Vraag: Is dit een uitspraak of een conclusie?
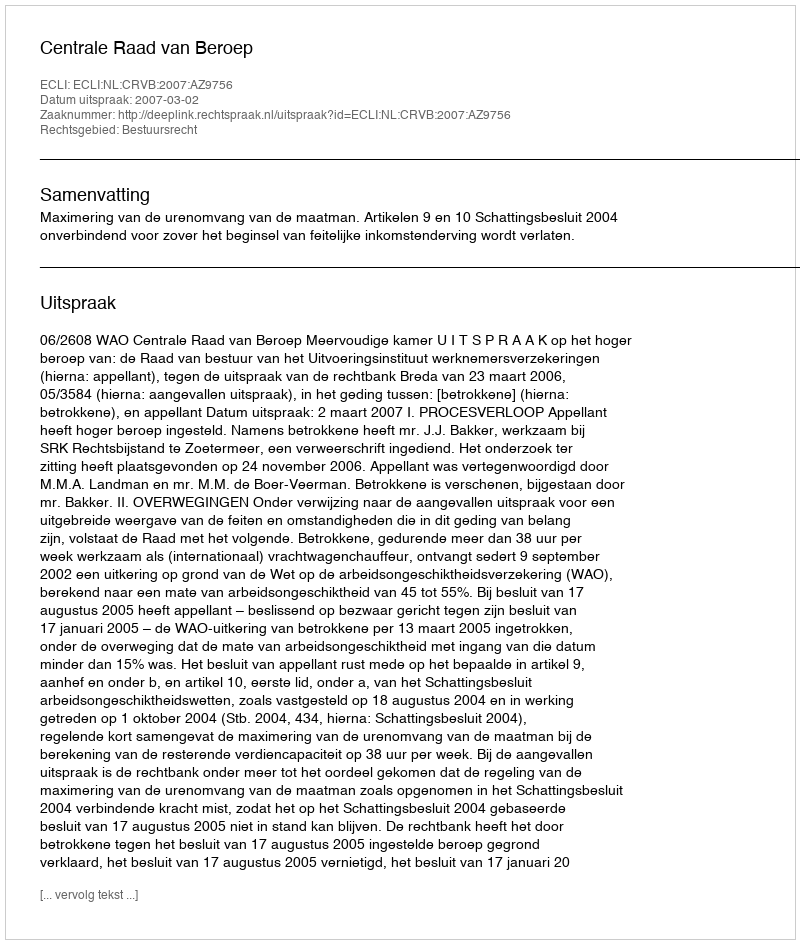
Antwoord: Uitspraak